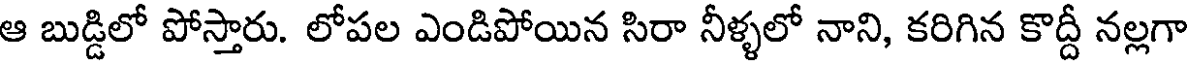
ఆ బుడ్డిలో పోస్తారు. లోపల ఎండిపోయిన సిరా నీళ్ళలో నాని, కరిగిన కొద్దీ నల్లగా